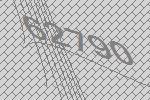
62790